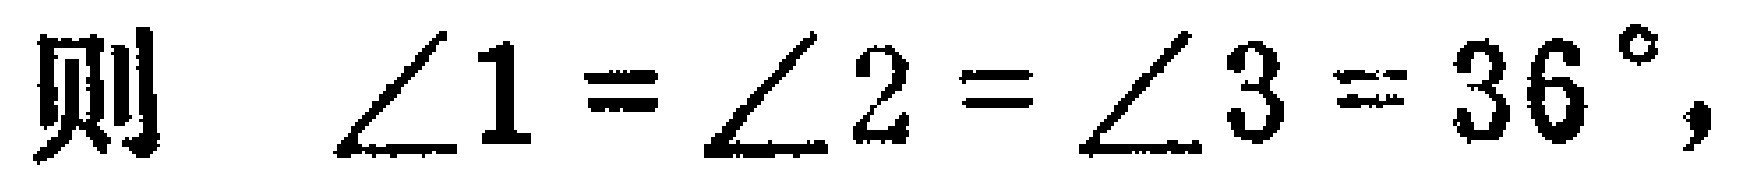
则 $\angle 1=\angle 2=\angle 3 = 36^{\circ}$，